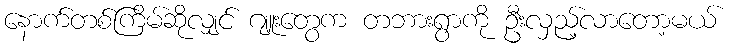
နောက်တစ်ကြိမ်ဆိုလျှင် ဂျူးတွေက တဘားရွာကို ဦးလှည့်လာတော့မယ်